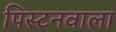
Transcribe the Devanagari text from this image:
पिस्टनवाला